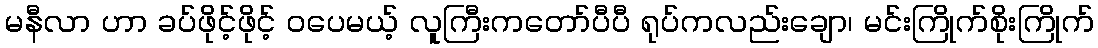
မနီလာ ဟာ ခပ်ဖိုင့်ဖိုင့် ဝပေမယ့် လူကြီးကတော်ပီပီ ရုပ်ကလည်းချော၊ မင်းကြိုက်စိုးကြိုက်